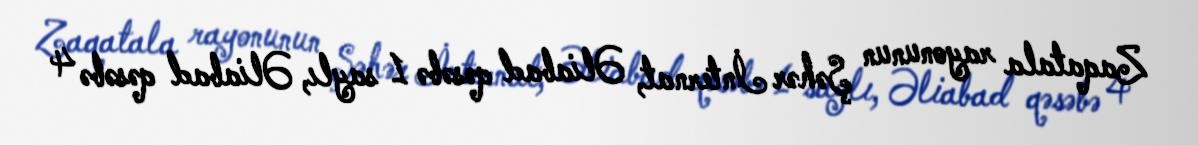
Zaqatala rayonunun Şəhər İnternat, Əliabad qəsəbə 1 saylı, Əliabad qəsəbə 4